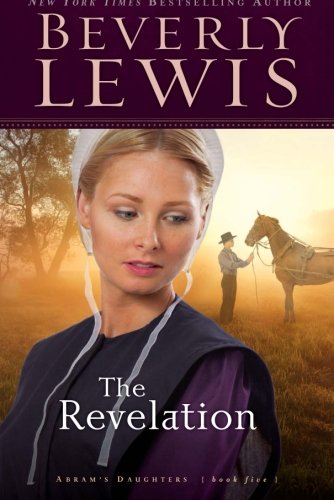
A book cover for The Revelation (Abram's Daughters #5) (Volume 5); Beverly Lewis; Christian Books & Bibles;